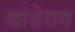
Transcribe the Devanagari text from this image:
खांडेराय